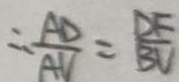
\therefore \frac { A D } { A V } = \frac { D F } { B V }